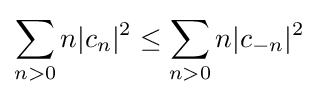
\sum _{n>0}n|c_{n}|^{2}\leq \sum _{n>0}n|c_{-n}|^{2}